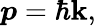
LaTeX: {\boldsymbol{p}}=\hbar{\boldsymbol{\mathbf{k}}},